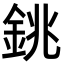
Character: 銚